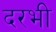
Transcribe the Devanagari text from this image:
दरभी